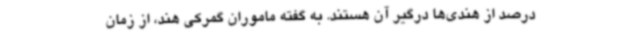
درصد از هندی‌ها درگیر آن هستند. به گفته ماموران گمرکی هند، از زمان